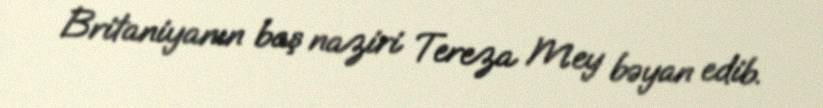
Britaniyanın baş naziri Tereza Mey bəyan edib.